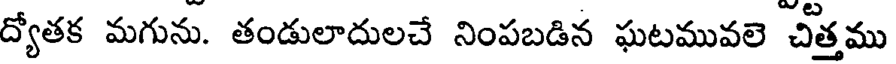
ద్యోతక మగును. తండులాదులచే నింపబడిన ఘటమువలె చిత్తము